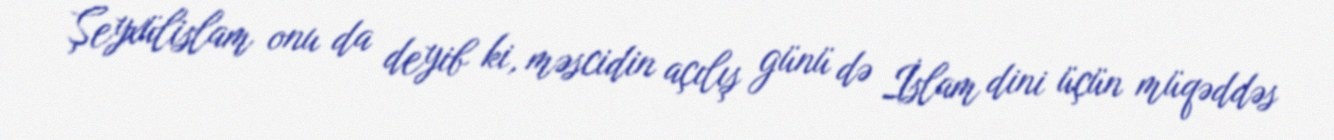
Şeyxülislam onu da deyib ki, məscidin açılış günü də İslam dini üçün müqəddəs